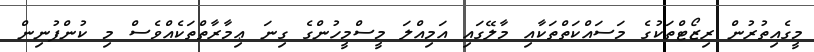
މީގެއިތުރުން ރިޒޯޓްތަކުގެ މަސައްކަތްތަކާއި މާލޭގައި އަމިއްލަ މީސްމީހުންގެ ގިނަ ޢިމާރާތްތަކެއްވެސް މި ކުންފުނިން